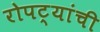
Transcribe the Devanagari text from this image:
रोपट्यांची